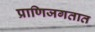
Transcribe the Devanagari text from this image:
प्राणिजगतात